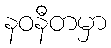
နဝနီတမှာ